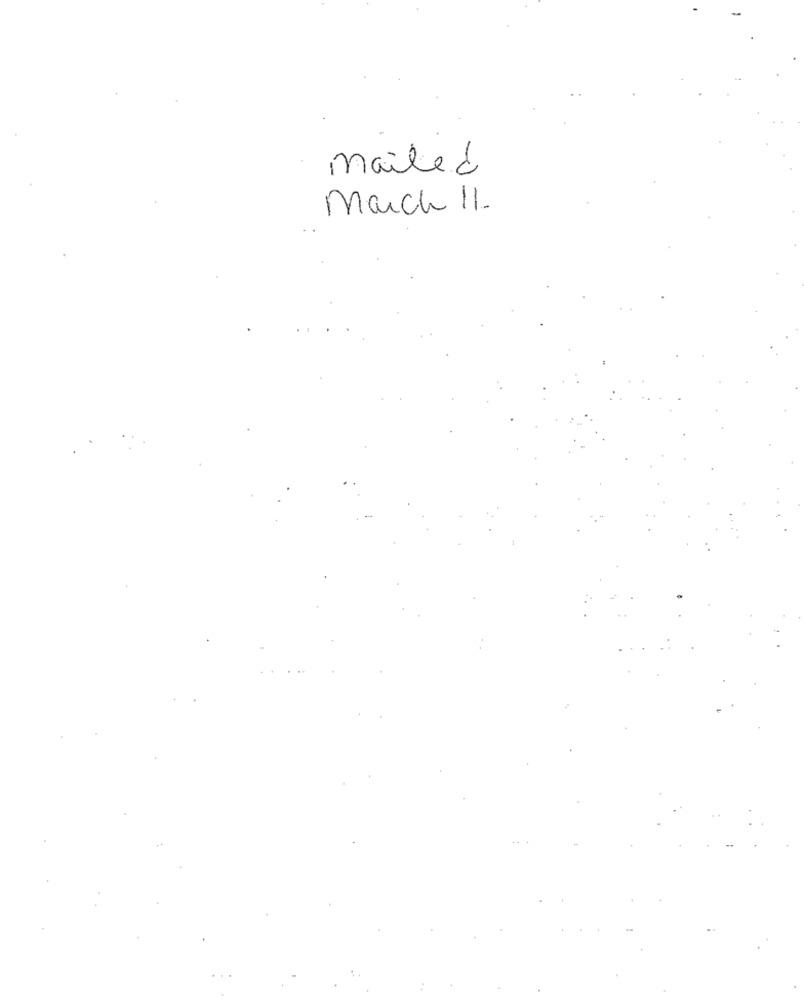
mailed
March 11.